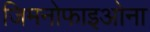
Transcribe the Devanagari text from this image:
जिमनोफाइओना